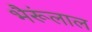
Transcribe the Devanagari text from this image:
भैरूंलाल